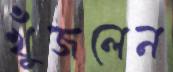
খুঁজলেন